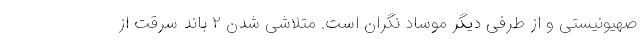
صهیونیستی و از طرفی دیگر موساد نگران است. متلاشی شدن ۲ باند سرقت از